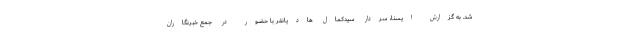
شد. به گزارش ایسنا، سردار سیدکمال هادیانفر با حضور در جمع خبرنگاران